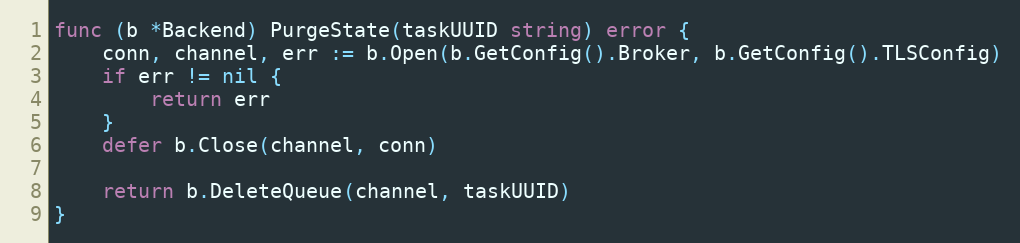
Language: Go
func (b *Backend) PurgeState(taskUUID string) error {
	conn, channel, err := b.Open(b.GetConfig().Broker, b.GetConfig().TLSConfig)
	if err != nil {
		return err
	}
	defer b.Close(channel, conn)

	return b.DeleteQueue(channel, taskUUID)
}